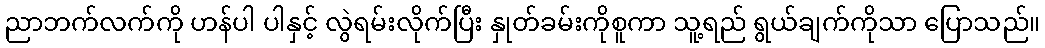
ညာဘက်လက်ကို ဟန်ပါ ပါနှင့် လွဲရမ်းလိုက်ပြီး နှုတ်ခမ်းကိုစူကာ သူ့ရည် ရွယ်ချက်ကိုသာ ပြောသည်။